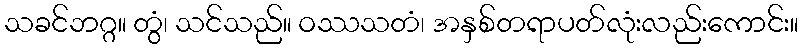
သခင်ဘဂ္ဂ။ တွံ၊ သင်သည်။ ဝဿသတံ၊ အနှစ်တရာပတ်လုံးလည်းကောင်း။